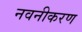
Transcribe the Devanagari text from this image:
नवनीकरण